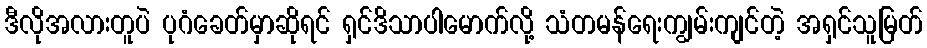
ဒီလိုအလားတူပဲ ပုဂံခေတ်မှာဆိုရင် ရှင်ဒိသာပါမောက်လို့ သံတမန်ရေးကျွမ်းကျင်တဲ့ အရှင်သူမြတ်